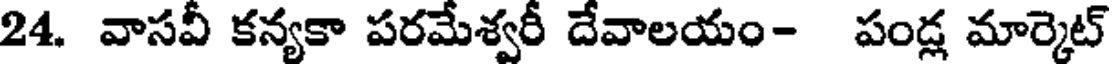
24. వాసవీ కన్యకా పరమేశ్వరీ దేవాలయం- పండ్ల మార్కెట్